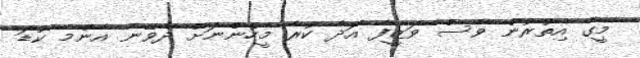
މީގެ އިތުރުން ވެސް ވަޒީފާ އަދާ ކުރާ މީހުންނަށް ދެވޭނެ އެންމެ ކުޑަ